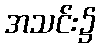
အသင်း၌